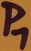
Text: P1